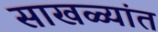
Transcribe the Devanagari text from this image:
साखळ्यांत